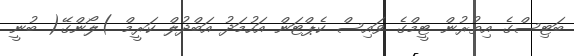
ބަޓިސްގެ އިތުރުން ޓީމްގެ ވައިސް ކެޕްޓަން އަހުމަދު އަބްދުލް ކަރީމް )ލޯންގޭ( ބުނީ